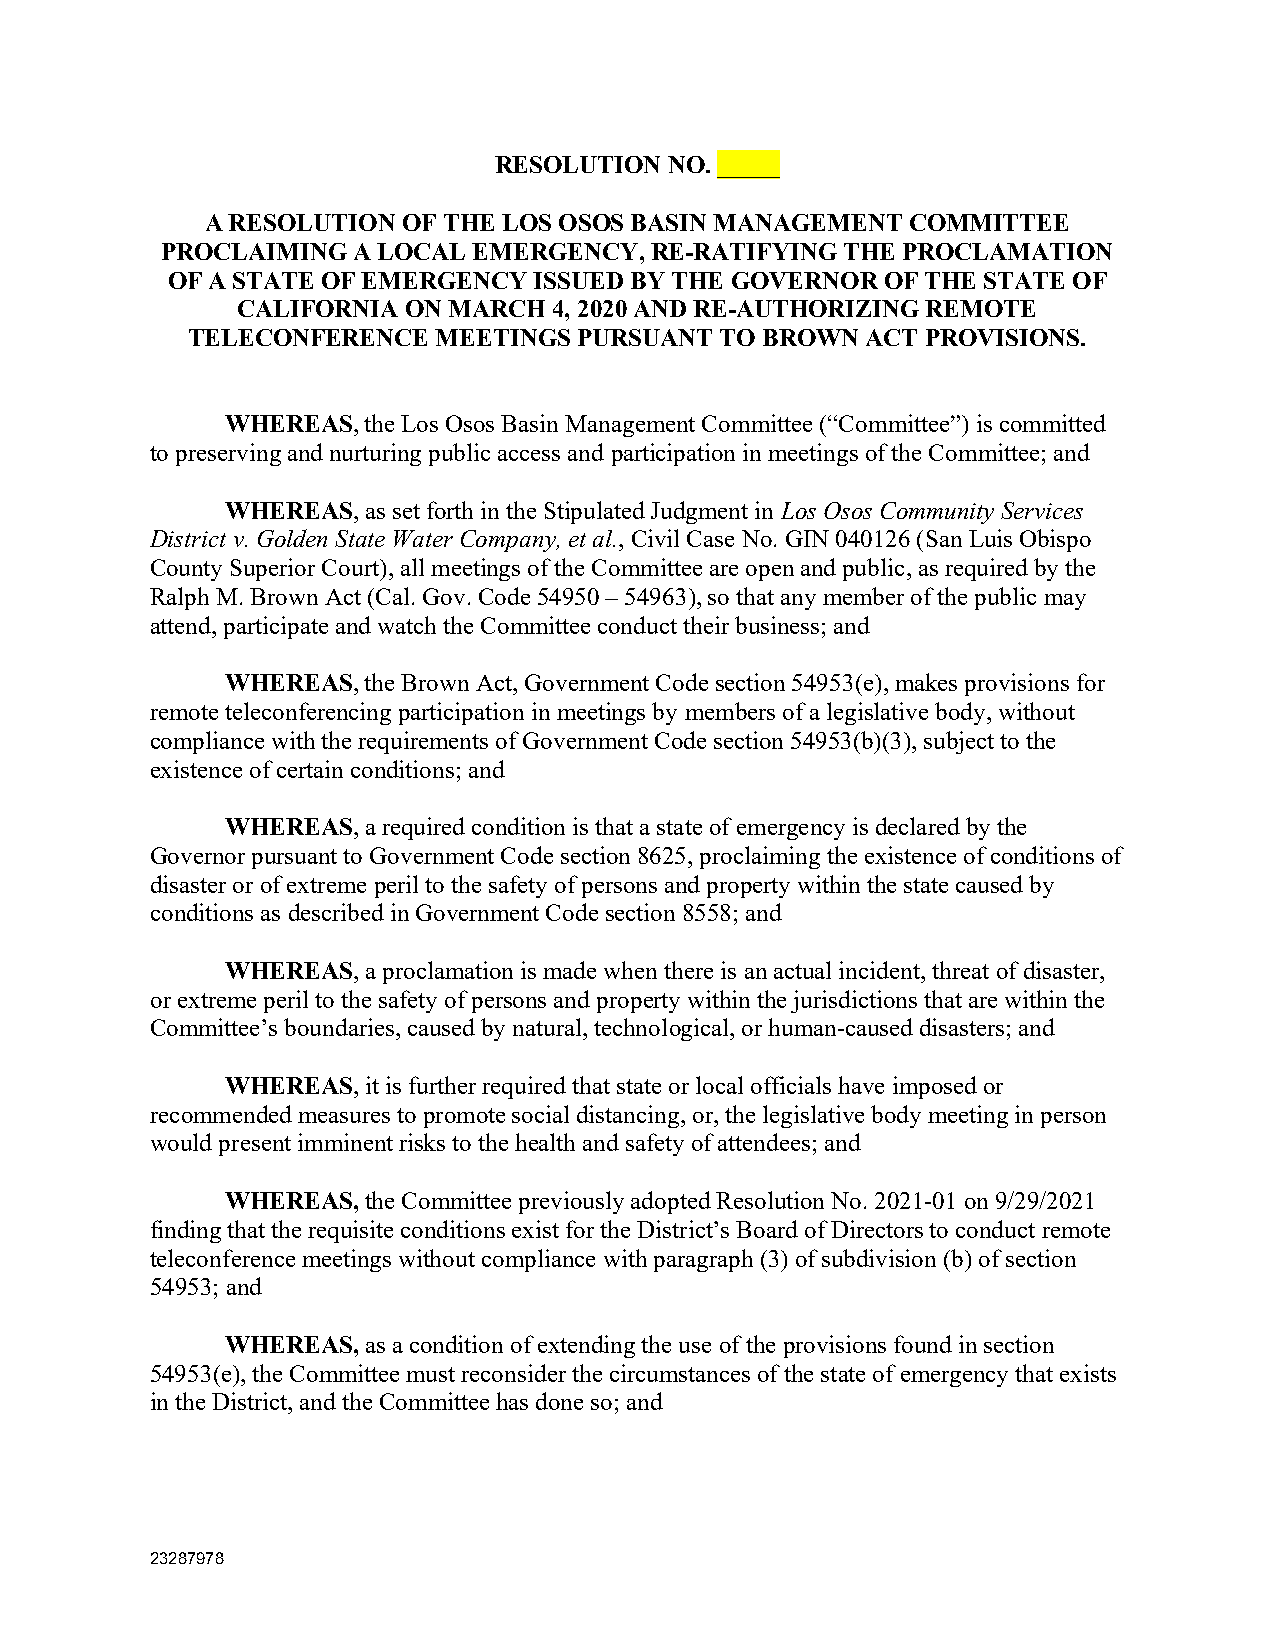
RESOLUTION NO. _____
 A RESOLUTION OF THE LOS OSOS BASIN MANAGEMENT COMMITTEE
 PROCLAIMING A LOCAL EMERGENCY,  RE-RATIFYING THE PROCLAMATION
 OF A STATE OF EMERGENCY ISSUED BY THE GOVERNOR  OF THE STATE OF
 CALIFORNIA ON MARCH  4, 2020 AND RE-AUTHORIZING REMOTE
 TELECONFERENCE   MEETINGS PURSUANT  TO BROWN ACT PROVISIONS.
 WHEREAS, the Los Osos Basin Management Committee (“Committee”) is committed
 to preserving and nurturing public access and participation in meetings of the Committee; and
 WHEREAS, as set forth in the Stipulated Judgment in Los Osos Community Services
 District v. Golden State Water Company, et al., Civil Case No. GIN 040126 (San Luis Obispo
 County Superior Court), all meetings of the Committee are open and public, as required by the
 Ralph M. Brown Act (Cal. Gov. Code 54950 – 54963), so that any member of the public may
 attend, participate and watch the Committee conduct their business; and
 WHEREAS, the Brown Act, Government Code section 54953(e), makes provisions for
 remote teleconferencing participation in meetings by members of a legislative body, without
 compliance with the requirements of Government Code section 54953(b)(3), subject to the
 existence of certain conditions; and
 WHEREAS, a required condition is that a state of emergency is declared by the
 Governor pursuant to Government Code section 8625, proclaiming the existence of conditions of
 disaster or of extreme peril to the safety of persons and property within the state caused by
 conditions as described in Government Code section 8558; and
 WHEREAS, a proclamation is made when there is an actual incident, threat of disaster,
 or extreme peril to the safety of persons and property within the jurisdictions that are within the
 Committee’s boundaries, caused by natural, technological, or human-caused disasters; and
 WHEREAS, it is further required that state or local officials have imposed or
 recommended measures to promote social distancing, or, the legislative body meeting in person
 would present imminent risks to the health and safety of attendees; and
 WHEREAS, the Committee previously adopted Resolution No. 2021-01 on 9/29/2021
 finding that the requisite conditions exist for the District’s Board of Directors to conduct remote
 teleconference meetings without compliance with paragraph (3) of subdivision (b) of section
 54953; and
 WHEREAS, as a condition of extending the use of the provisions found in section
 54953(e), the Committee must reconsider the circumstances of the state of emergency that exists
 in the District, and the Committee has done so; and
 2 3287978